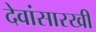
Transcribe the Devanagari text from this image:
देवांसारखी